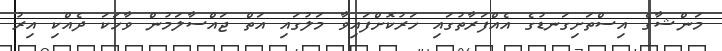
މަންޝާގެ އިސްތަށިގަނޑުގެ އެއްފަރާތުގައި ހަރުކޮށްފައިވާ މަލުގައި އަތް ޖައްސާލަމުން ވާހަކަ ދެއްކި އިރު